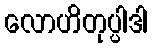
လောဟိတုပ္ပါဒါ